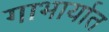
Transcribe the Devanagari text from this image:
गाभार्यात